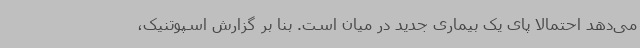
می‌دهد احتمالا پای یک بیماری جدید در میان است. بنا بر گزارش اسپوتنیک،